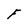
Character: F